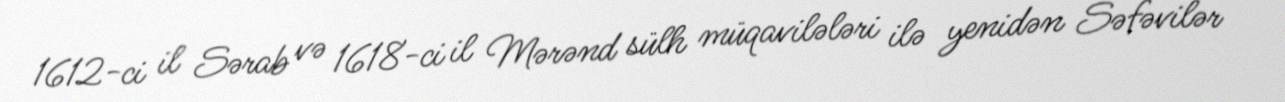
1612-ci il Sərab və 1618-ci il Mərənd sülh müqavilələri ilə yenidən Səfəvilər